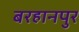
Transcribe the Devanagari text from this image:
बरहानपुर